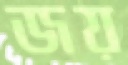
জয়